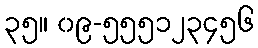
၃၅။ ၀၉-၅၅၅၁၂၃၄၅၆